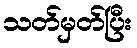
သတ်မှတ်ပြီး